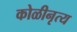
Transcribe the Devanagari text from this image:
कोळीनृत्य